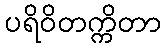
ပရိဝိတက္ကိတာ